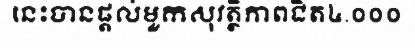
នេះបានផ្តល់មួកសុវត្ថិភាពជិត៤.០០០